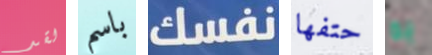
لقد باسم نفسك حتفها به